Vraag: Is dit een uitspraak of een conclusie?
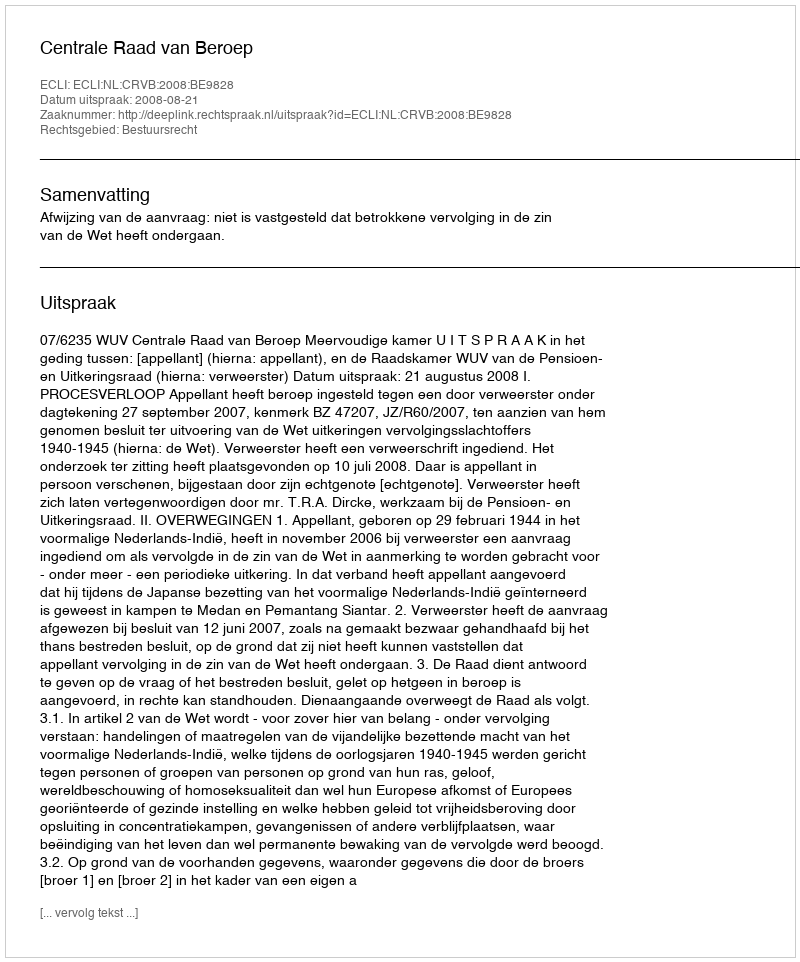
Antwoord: Uitspraak